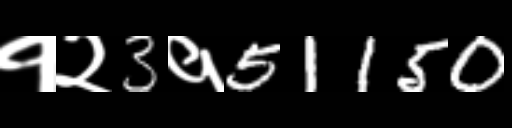
Text: १२3१51150